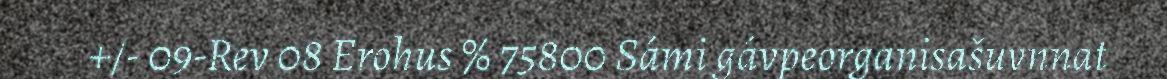
+/- 09-Rev 08 Erohus % 75800 Sámi gávpeorganisašuvnnat